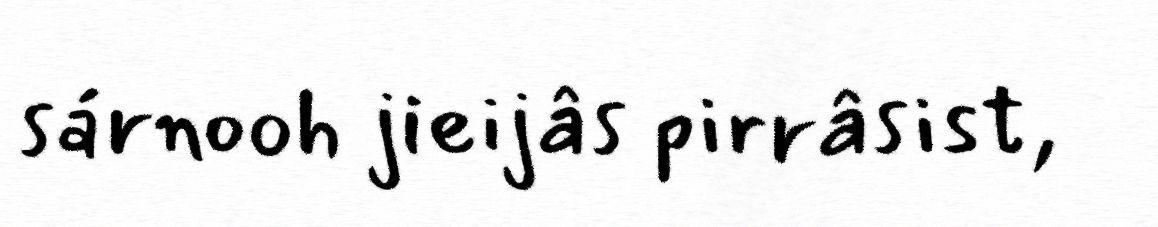
sárnooh jieijâs pirrâsist,